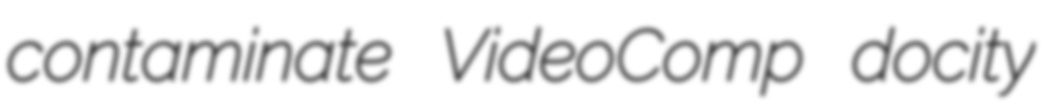
contaminate VideoComp docity